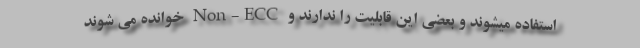
استفاده میشوند و بعضی این قابلیت را ندارند و Non-ECC خوانده می شوند